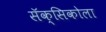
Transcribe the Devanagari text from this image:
सॅक्सिकोला